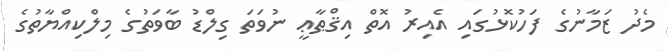
މެދު ޒަމާނުގެ ފަހުކޮޅުގައި އެއިރު އޮތް އިޤްޠާޢީ ނުވަތަ ގިލްޑު ބާވަތުގެ މިލްކިއްޔާތުގެ